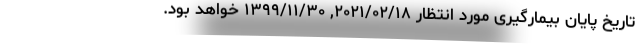
تاریخ پایان بیمارگیری مورد انتظار ۲۰۲۱/۰۲/۱۸, ۱۳۹۹/۱۱/۳۰ خواهد بود.